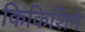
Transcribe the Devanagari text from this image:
किकिशिगे